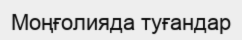
Моңғолияда туғандар